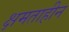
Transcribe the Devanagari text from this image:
क्षमताहीन